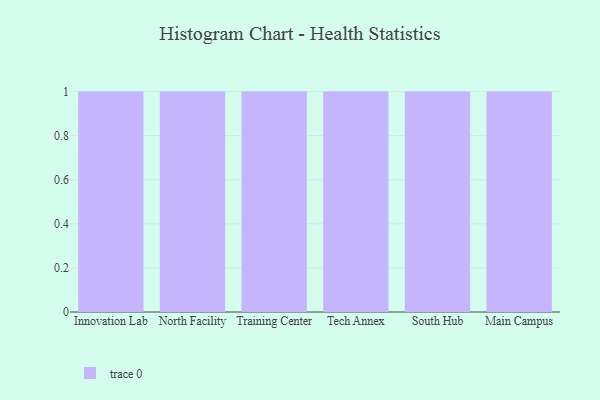
{"axis": {"x": "Campus", "y": "Market Share (%)"}, "legend": [""], "data": [{"x": "Innovation Lab", "y": 21, "type": ""}, {"x": "North Facility", "y": 84, "type": ""}, {"x": "Training Center", "y": 48, "type": ""}, {"x": "Tech Annex", "y": 45, "type": ""}, {"x": "South Hub", "y": 31, "type": ""}, {"x": "Main Campus", "y": 66, "type": ""}]}